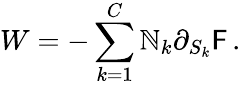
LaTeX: W=-\sum_{k=1}^{C}\mathbb{N}_{k}\partial_{S_{k}}{\cal\mathsf{F}}\, .